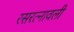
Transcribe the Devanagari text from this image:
रसरत्नावली